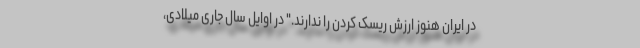
در ایران هنوز ارزش ریسک کردن را ندارند." در اوایل سال جاری میلادی،